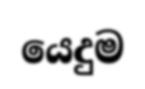
යෙදුම